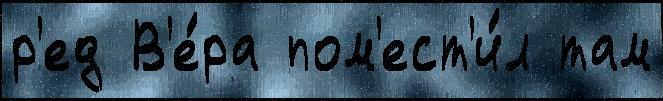
р'ед В'е́ра пом'ест'и́л там